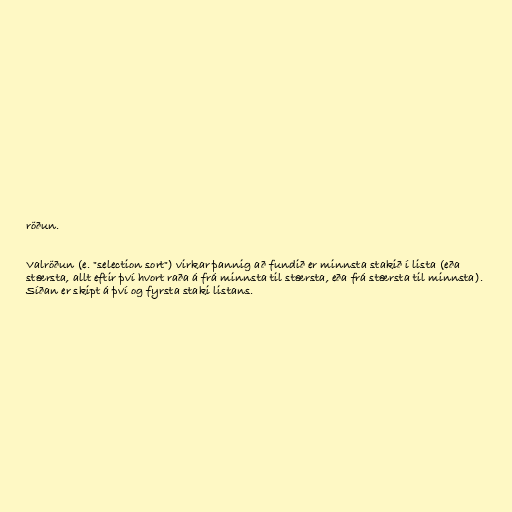
röðun.

Valröðun (e. "selection sort") virkar þannig að fundið er minnsta stakið í lista (eða
stærsta, allt eftir því hvort raða á frá minnsta til stærsta, eða frá stærsta til minnsta).
Síðan er skipt á því og fyrsta staki listans.